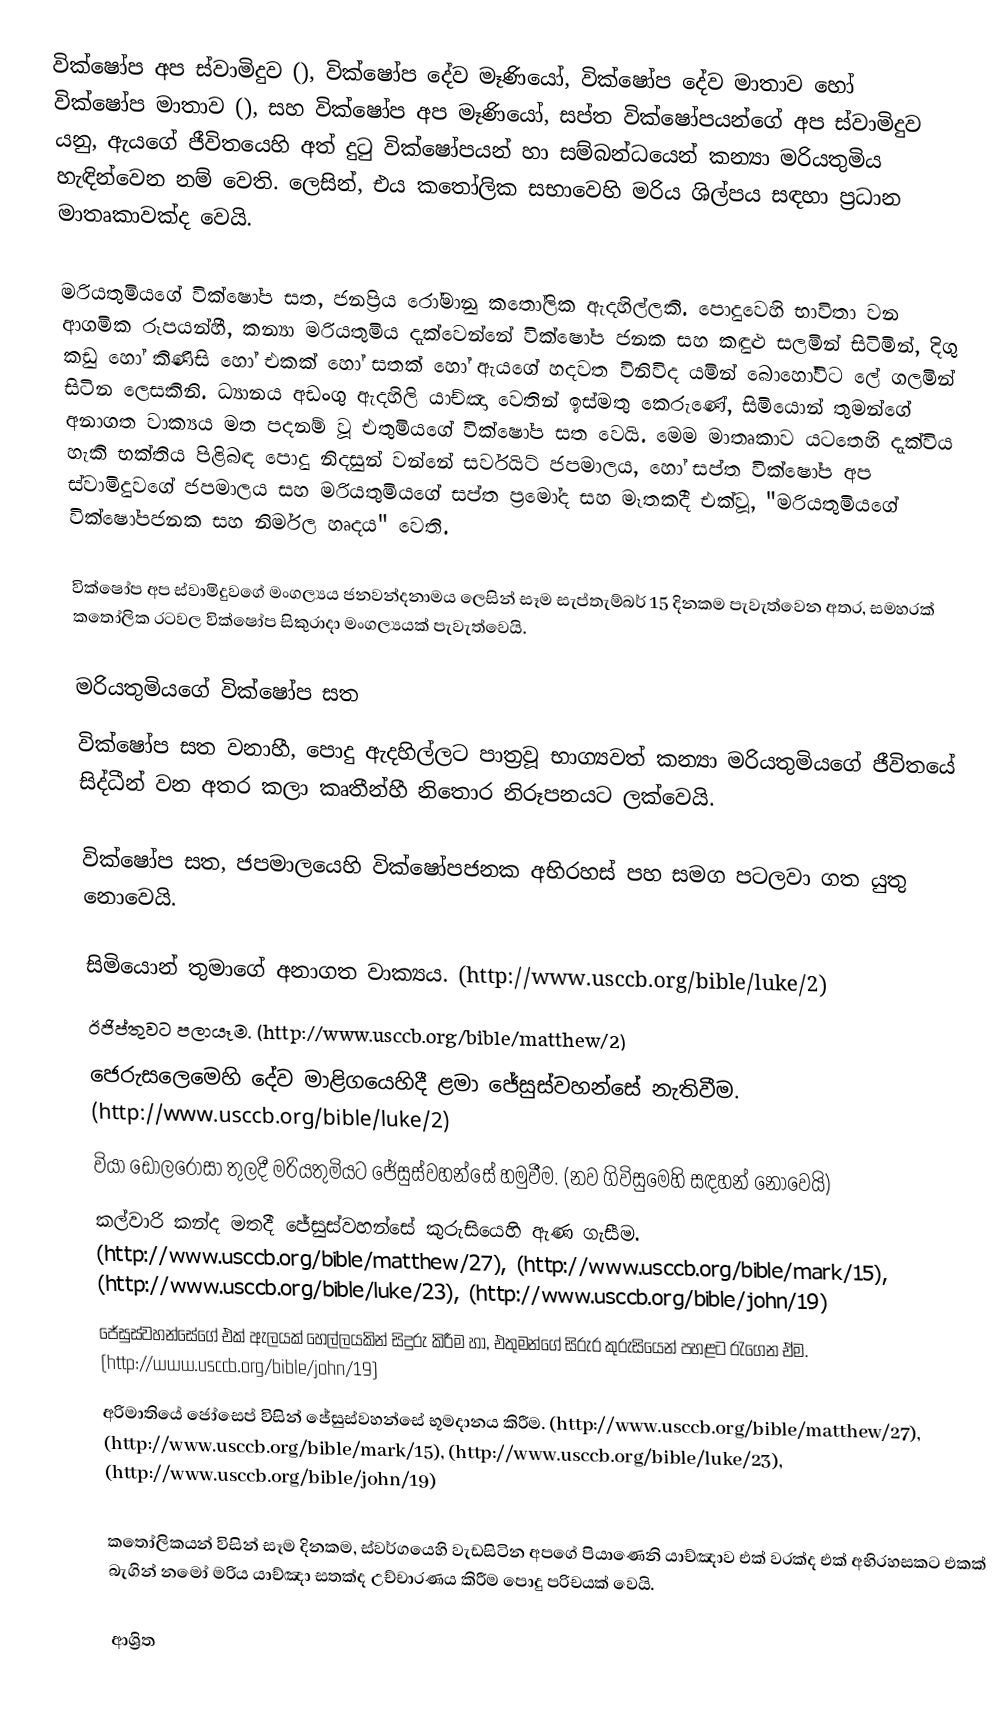
වික්ෂෝප අප ස්වාමිදුව (), වික්ෂෝප දේව මෑණියෝ, වික්ෂෝප දේව මාතාව හෝ වික්ෂෝප මාතාව (), සහ වික්ෂෝප අප මෑණියෝ, සප්ත වික්ෂෝපයන්ගේ අප ස්වාමිදුව යනු, ඇයගේ ජීවිතයෙහි අත් දුටු වික්ෂෝපයන් හා සම්බන්ධයෙන්  කන්‍යා මරියතුමිය හැඳින්වෙන නම් වෙති.  ලෙසින්, එය කතෝලික සභාවෙහි මරිය ශිල්පය සඳහා ප්‍රධාන මාතෘකාවක්ද වෙයි.

මරියතුමියගේ වික්ෂෝප සත, ජනප්‍රිය රෝමානු කතෝලික ඇදහිල්ලකි. පොදුවෙහි භාවිතා වන ආගමික රූපයන්හී, කන්‍යා මරියතුමිය දැක්වෙන්නේ වික්ෂෝප ජනක සහ කඳුළු සලමින් සිටිමින්, දිගු කඩු හෝ කිණිසි හෝ එකක් හෝ සතක් හෝ ඇයගේ හදවත විනිවිද යමින් බොහෝවිට ලේ ගලමින් සිටින ලෙසකිනි. ධ්‍යානය අඩංගු ඇදහිලි යාච්ඤා වෙතින් ඉස්මතු කෙරුණේ, සිමියොන් තුමන්ගේ අනාගත වාක්‍යය මත පදනම් වූ එතුමියගේ වික්ෂෝප සත වෙයි. මෙම මාතෘකාව යටතෙහි දැක්විය හැකි භක්තිය පිළිබඳ පොදු නිදසුන් වන්නේ සර්වයිට් ජපමාලය, හෝ සප්ත වික්ෂෝප අප ස්වාමිදුවගේ ජපමාලය සහ මරියතුමියගේ සප්ත ප්‍රමෝද සහ මෑතකදී එක්වූ, "මරියතුමියගේ වික්ෂෝපජනක සහ නිර්මල හෘදය" වෙති.

වික්ෂෝප අප ස්වාමිදුවගේ මංගල්‍යය ජනවන්දනාමය ලෙසින් සෑම සැප්තැම්බර් 15 දිනකම පැවැත්වෙන අතර, සමහරක්  කතෝලික රටවල  වික්ෂෝප සිකුරාදා මංගල්‍යයක් පැවැත්වෙයි.

මරියතුමියගේ වික්ෂෝප සත
වික්ෂෝප සත වනාහී, පොදු ඇදහිල්ලට පාත්‍රවූ භාග්‍යවත් කන්‍යා මරියතුමියගේ ජීවිතයේ සිද්ධීන් වන අතර කලා කෘතීන්හී නිතොර නිරූපනයට ලක්වෙයි.

වික්ෂෝප සත, ජපමාලයෙහි වික්ෂෝපජනක අභිරහස් පහ සමග පටලවා ගත යුතු නොවෙයි.

 සිමියොන් තුමාගේ අනාගත වාක්‍යය. (http://www.usccb.org/bible/luke/2)
 ඊජිප්තුවට පලායෑම. (http://www.usccb.org/bible/matthew/2)
 ජෙරුසලෙමෙහි දේව මාළිගයෙහිදී ළමා ජේසුස්වහන්සේ නැතිවීම. (http://www.usccb.org/bible/luke/2)
  වියා ‌ඩොලරෝසා තුලදී මරියතුමියට ජේසුස්වහන්සේ හමුවීම. (නව ගිවිසුමෙහි සඳහන් නොවෙයි)
 කල්වාරි කන්ද මතදී ජේසුස්වහන්සේ කුරුසියෙහි ඇණ ගැසීම. (http://www.usccb.org/bible/matthew/27), (http://www.usccb.org/bible/mark/15), (http://www.usccb.org/bible/luke/23), (http://www.usccb.org/bible/john/19)
 ජේසුස්වහන්සේගේ එක් ඇලයක් හෙල්ලයකින් සිදුරු කිරීම හා, එතුමන්ගේ සිරුර කුරුසියෙන් පහළට රැගෙන ඒම. (http://www.usccb.org/bible/john/19)
 අරිමාතියේ ජෝසෙප් විසින් ජේසුස්වහන්සේ භූමදානය කිරීම. (http://www.usccb.org/bible/matthew/27),   (http://www.usccb.org/bible/mark/15), (http://www.usccb.org/bible/luke/23), (http://www.usccb.org/bible/john/19)

කතෝලිකයන් විසින් සෑම දිනකම, ස්වර්ගයෙහි වැඩසිටින අපගේ පියාණෙනි යාච්ඤාව එක් වරක්ද එක් අභිරහසකට එකක් බැගින් නමෝ මරිය යාච්ඤා සතක්ද උච්චාරණය කිරීම පොදු පරිචයක් වෙයි.

ආශ්‍රිත